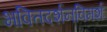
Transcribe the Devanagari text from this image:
भक्तिदर्शनविमर्शः